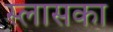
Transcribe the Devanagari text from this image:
स्लासका